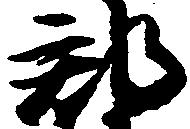
郡